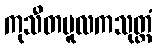
ကုသီတမူလကသုတ္တံ